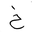
Letter: _kha